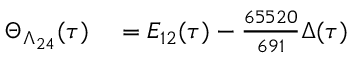
\begin{array} { r l } { \Theta _ { \Lambda _ { 2 4 } } ( \tau ) } & { { } = E _ { 1 2 } ( \tau ) - { \frac { 6 5 5 2 0 } { 6 9 1 } } \Delta ( \tau ) } \end{array}